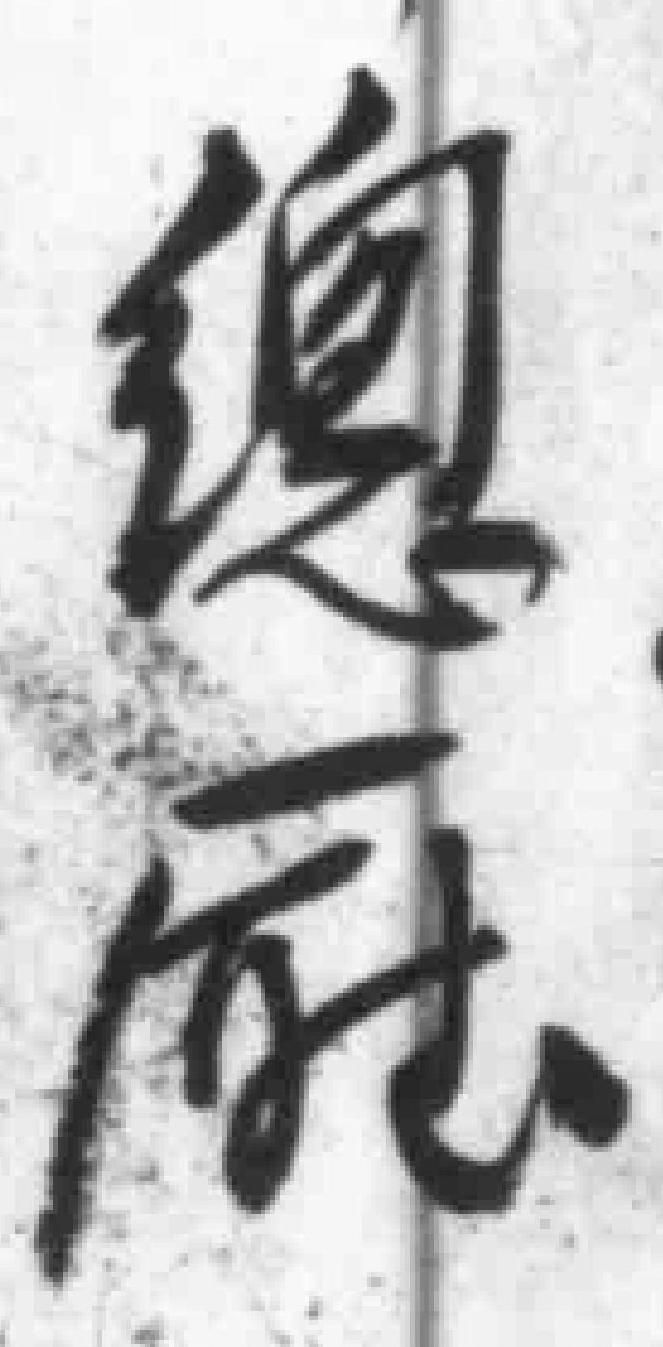
總廰